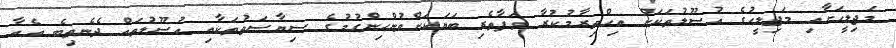
މަޖިލީހަށާއި މަޖިލީހުގެ އުސޫލުތަކަށް އިޙްތިރާމުކުރާ ވަފާތެރި ބަޔަކަށްވުންހިންގުމުގެ ސިޔާސަތުތަކާއި އުސޫލުތައް ދެނެތިބެ އެއާ